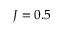
J = 0 . 5